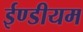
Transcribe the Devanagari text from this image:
ईण्डीयम